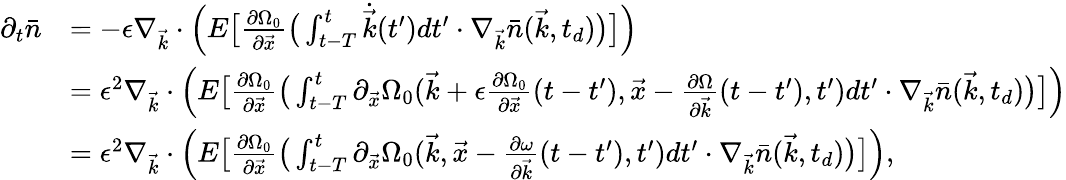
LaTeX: \begin{array}{rl}{\partial_{t}\bar{n}}&{=-\epsilon\nabla_{\vec{k}}\cdot\Big(E\big[\frac{\partial\Omega_{0}}{\partial\vec{x}}\big(\int_{t-T}^{t}\dot{\vec{k}}(t^{\prime})dt^{\prime}\cdot\nabla_{\vec{k}}\bar{n}(\vec{k},t_{d})\big)\big]\Big)}\\ &{=\epsilon^{2}\nabla_{\vec{k}}\cdot\Big(E\big[\frac{\partial\Omega_{0}}{\partial\vec{x}}\big(\int_{t-T}^{t}\partial_{\vec{x}}\Omega_{0}(\vec{k}+\epsilon\frac{\partial\Omega_{0}}{\partial\vec{x}}(t-t^{\prime}),\vec{x}-\frac{\partial\Omega}{\partial\vec{k}}(t-t^{\prime}),t^{\prime})dt^{\prime}\cdot\nabla_{\vec{k}}\bar{n}(\vec{k},t_{d})\big)\big]\Big)}\\ &{=\epsilon^{2}\nabla_{\vec{k}}\cdot\Big(E\big[\frac{\partial\Omega_{0}}{\partial\vec{x}}\big(\int_{t-T}^{t}\partial_{\vec{x}}\Omega_{0}(\vec{k},\vec{x}-\frac{\partial\omega}{\partial\vec{k}}(t-t^{\prime}),t^{\prime})dt^{\prime}\cdot\nabla_{\vec{k}}\bar{n}(\vec{k},t_{d})\big)\big]\Big),}\end{array}